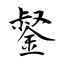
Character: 錖